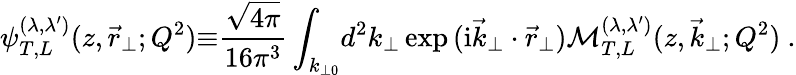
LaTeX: {\psi}_{T,L}^{(\lambda,{\lambda}^{\prime})}(z,{\vec{r}}_{\perp};Q^{2}){\equiv}\frac{\sqrt{4\pi}}{16{\pi}^{3}}\int_{k_{\perp 0}}\! d^{2}{k}_{\perp}\exp{(\mathrm{i}{\vec{k}}_{\perp}\cdot{\vec{r}}_{\perp})}{\cal M}_{T,L}^{(\lambda,{\lambda}^{\prime})}(z,{\vec{k}}_{\perp};Q^{2})\ .